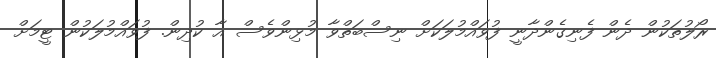
ރޯލުތަކުން ދެން ފެނިގެންދާނީ ފުވައްމުލަކަށް ނިސްބަތްވާ މުޅިންވެސް އާ ކުދިން. ފުވައްމުލަކުން ޓީމަށް